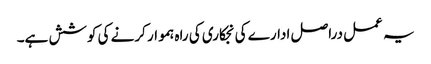
یہ عمل دراصل ادارے کی نجکاری کی راہ ہموار کرنے کی کوشش ہے۔